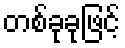
တစ်ခုခုဖြင့်